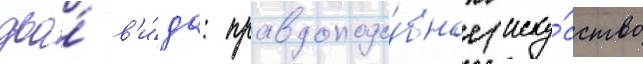
два́ в'и́да: правдоподо́бное (иску́сство